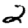
Digit: 2